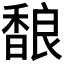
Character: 𱄏